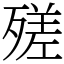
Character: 𣩈